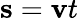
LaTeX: \mathbf{s}=\mathbf{v}t